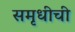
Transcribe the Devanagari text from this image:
समृधीची